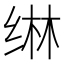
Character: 𬘭